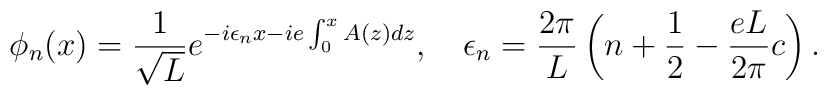
\phi_n(x)={1\over\sqrt L}e^{-i \epsilon_nx -ie\int_0^xA(z)dz},\quad\epsilon_n={2\pi\over L}\left(n+{1\over2} -{eL\over 2\pi}c\right).